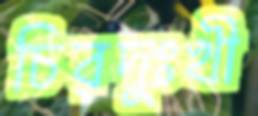
চিরদুঃখী